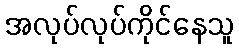
အလုပ်လုပ်ကိုင်နေသူ